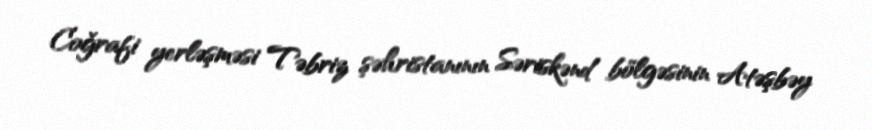
Coğrafi yerləşməsi Təbriz şəhristanının Səriskənd bölgəsinin Atəşbəy